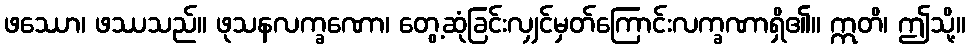
ဖဿော၊ ဖဿသည်။ ဖုသနလက္ခဏော၊ တွေ့ဆုံခြင်းလျှင်မှတ်ကြောင်းလက္ခဏာရှိ၏။ ဣတိ၊ ဤသို့။